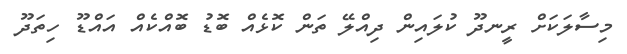
މިސާލަކަށް ރީނދޫ ކުލައިން ދިއްލޭ ތަން ކޮޅެއް ބޮޑު ބޮއްކެއް އައްޑޫ ހިތަދޫ